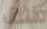
ذلك